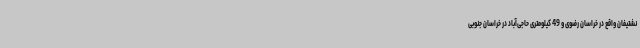
نشتیفان واقع در خراسان‌ رضوی و 49 کیلومتری حاجی‌آباد در خراسان جنوبی